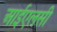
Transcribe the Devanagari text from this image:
आईएलसी